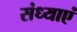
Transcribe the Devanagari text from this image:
संध्याएं